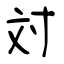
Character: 対